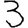
Digit: 3